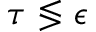
\tau \lessgtr \epsilon